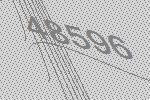
48596